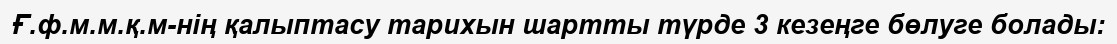
Ғ.ф.м.м.қ.м-нің қалыптасу тарихын шартты түрде 3 кезеңге бөлуге болады: